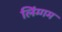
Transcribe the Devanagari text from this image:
लिंग्गम